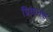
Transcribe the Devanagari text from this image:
प्रियानश